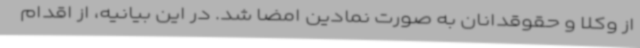
از وکلا و حقوقدانان به صورت نمادین امضا شد. در این بیانیه، از اقدام